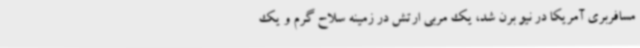
مسافربری آمریکا در نیو برن شد، یک مربی ارتش در زمینه سلاح گرم و یک